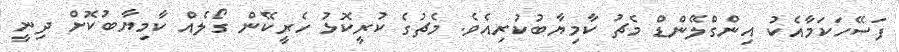
ފަސޭހަކަމާއެކު އިންގްލޭންޑް މެޗު ކާމިޔާބުކުރިއެވެ. މެޗުގެ ކުރީކޮޅު ހެރީކޭން ގޯލެއް ކާމިޔާބުކޮށް ދިނީ